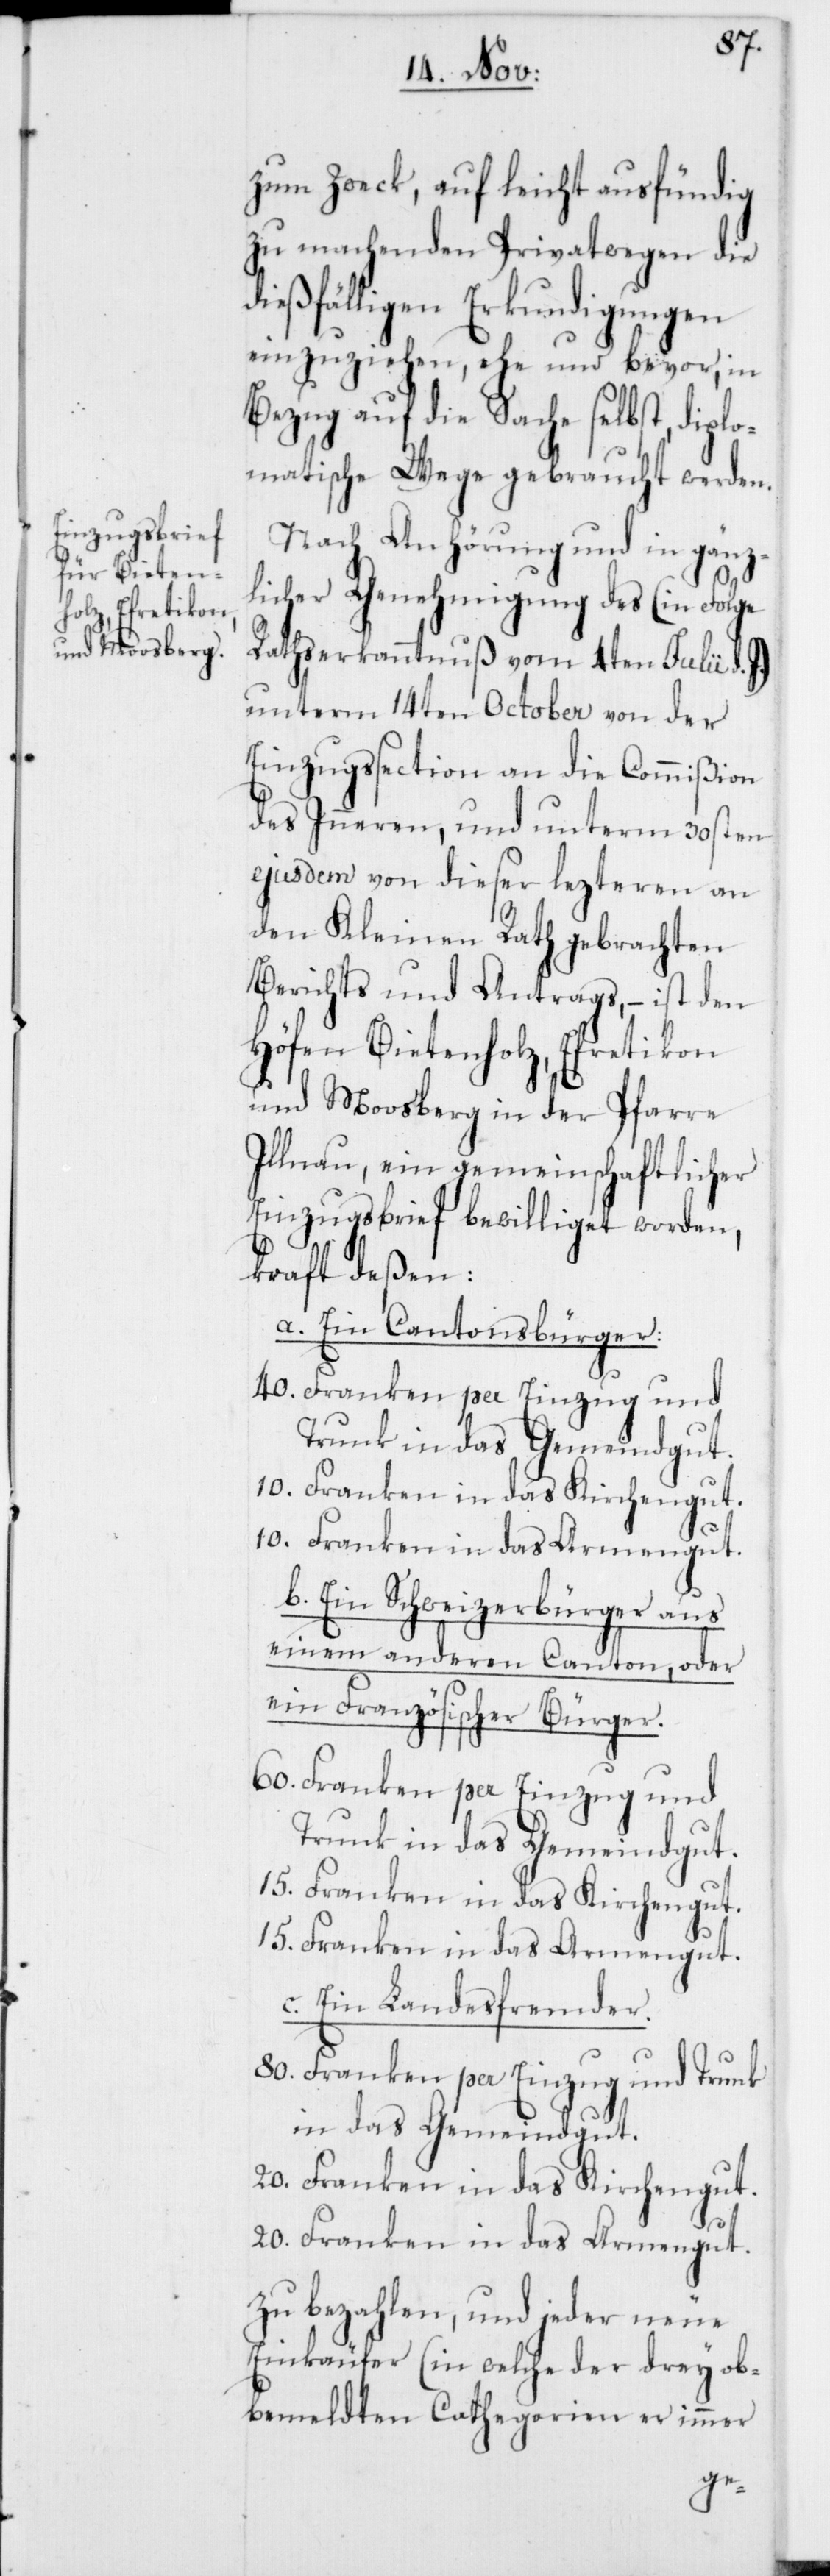
zum Zweck, auf leicht ausfündig
zu machenden Privatwegen die
dießfälligen Erkundigungen
einzuziehen, ehe und bevor, in
Bezug auf die Sache selbst, diplo¬
matische Wege gebraucht werden.
Nach Anhörung und in gänz¬
licher Genehmigung des (in Folge
Rathserkanntnuß vom 4ten Julii d. J.)
unterm 14ten October von der
Einzugssection an die Commißion
des Inneren, und unterm 30sten
ejusdem von dieser lezteren an
den Kleinen Rath gebrachten
Berichts und Antrags, – ist den
Höfen Bietenholz, Efretikon
und Moosberg in der Pfarre
Illnau, ein gemeinschaftlicher
Einzugsbrief bewilliget worden,
kraft deßen:
a. Ein Cantonsbürger:
40. Franken per Einzug und
Trunk in das Gemeindgut.
10. Franken in das Kirchengut.
10. Franken in das Armengut.
b. Ein Schweizerbürger aus
einem anderen Canton, oder
ein Französischer Bürger.
80. Franken per Einzug und
Trunk in das Gemeindgut.
15. Franken in das Kirchengut.
15. Franken in das Armengut.
c. Ein Landesfremder.
20. Franken in das Kirchengut.
20. Franken in das Armengut.
zu bezahlen, und jeder neue
Einkäufer (in welche der drey ob¬
bemeldten Cathegorien er immer